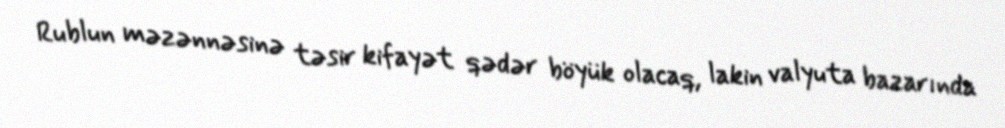
Rublun məzənnəsinə təsir kifayət qədər böyük olacaq, lakin valyuta bazarında